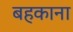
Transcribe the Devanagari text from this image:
बहकाना